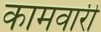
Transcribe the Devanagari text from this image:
कामवारी